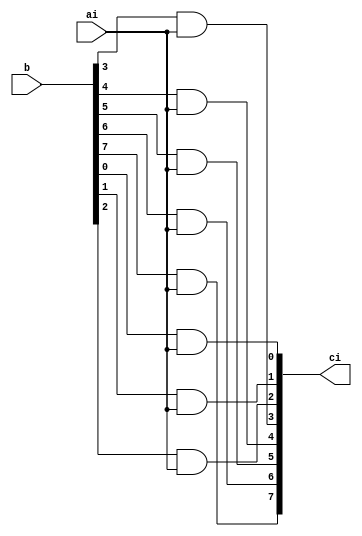
module makeC(
                input  ai,
                input [7:0] b,
                output [7:0] ci
             );

   assign ci[0] = b[0]& ai;
   assign ci[1] = b[1]& ai;
   assign ci[2] = b[2]& ai;
   assign ci[3] = b[3]& ai;
   assign ci[4] = b[4]& ai;
   assign ci[5] = b[5]& ai;
   assign ci[6] = b[6]& ai;
   assign ci[7] = b[7]& ai;
   
   
endmodule